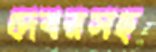
দেবরসহ